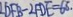
\angle D F B - \angle F D E = 6 5 .